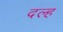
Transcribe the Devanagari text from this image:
दल्ह